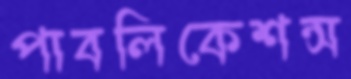
পাবলিকেশন্স